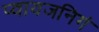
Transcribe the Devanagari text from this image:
प्वायजनिगं